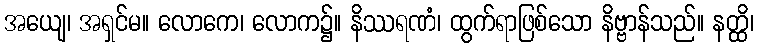
အယျေ၊ အရှင်မ။ လောကေ၊ လောက၌။ နိဿရဏံ၊ ထွက်ရာဖြစ်သော နိဗ္ဗာန်သည်။ နတ္ထိ၊